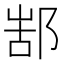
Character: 𨜋